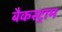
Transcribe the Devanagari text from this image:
बैकस्ट्राम